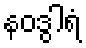
နဝဒွါရံ